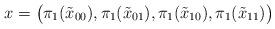
LaTeX: \begin{align*}x = \bigl(\pi_1(\tilde{x}_{00}),\pi_1(\tilde{x}_{01}),\pi_1(\tilde{x}_{10}),\pi_1(\tilde{x}_{11})\bigr)\end{align*}